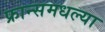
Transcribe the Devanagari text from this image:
फ्रान्समधल्या